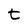
Character: t